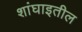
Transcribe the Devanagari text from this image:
शांघाइतील